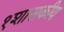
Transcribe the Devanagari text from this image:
१शासकीय